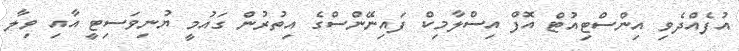
އުފެއްދެވި އިންސްޓިއުޓް އޮފް އިސްލާމިކް ފައިނޭންސްގެ އިތުރުން ގައުމީ ޔުނިވަސިޓީ އާއި ވިލާ